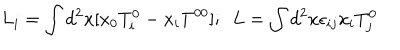
L _ { i } = \int d ^ { 2 } x [ x _ { 0 } T _ { i } ^ { 0 } - x _ { i } T ^ { 0 0 } ] ; \ \ L = \int d ^ { 2 } x \epsilon _ { i j } x _ { i } T _ { j } ^ { 0 }